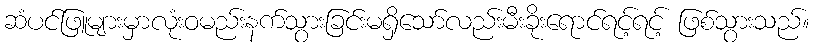
ဆံပင်ဖြူများမှာလုံးဝမည်းနက်သွားခြင်းမရှိသော်လည်းမီးခိုးရောင်ရင့်ရင့် ဖြစ်သွားသည်။